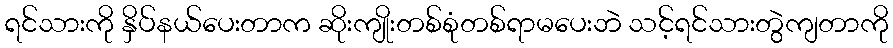
ရင်သားကို နှိပ်နယ်ပေးတာက ဆိုးကျိုးတစ်စုံတစ်ရာမပေးဘဲ သင့်ရင်သားတွဲကျတာကို